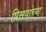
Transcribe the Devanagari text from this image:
पिसवांच्या